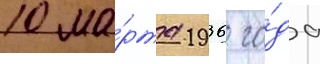
10 ма́рта 1936 го́да